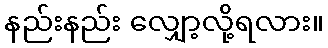
နည်းနည်း လျှော့လို့ရလား။